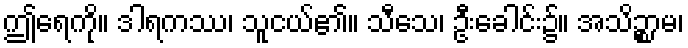
ဤရေကို။ ဒါရကဿ၊ သူငယ်၏။ သီသေ၊ ဦးခေါင်း၌။ အသိဉ္စာမ၊